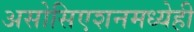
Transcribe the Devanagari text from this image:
असोसिएशनमध्येही